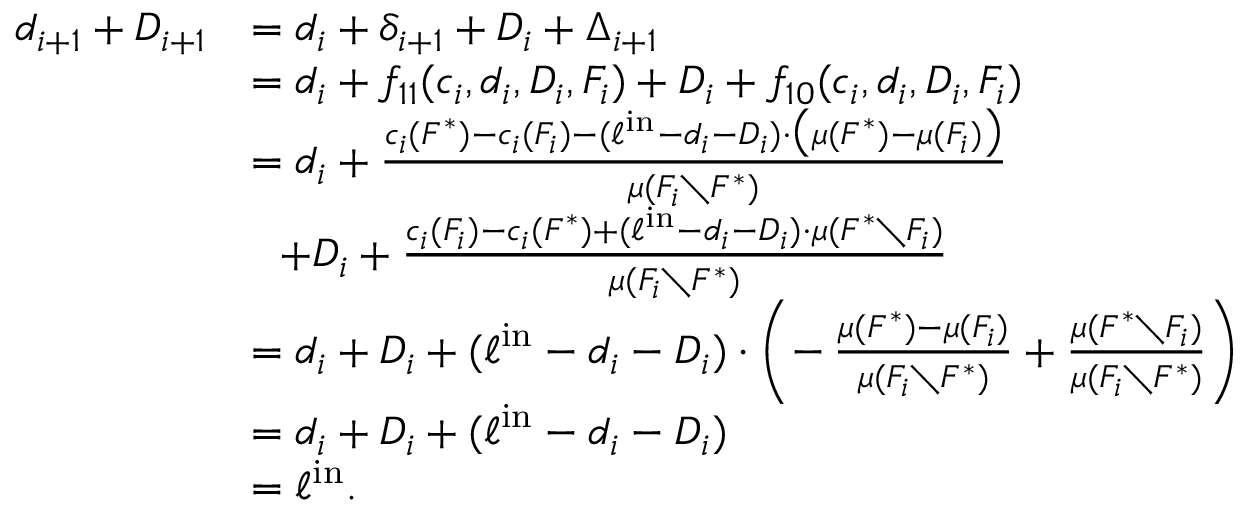
\begin{array} { r l } { d _ { i + 1 } + D _ { i + 1 } } & { = d _ { i } + \delta _ { i + 1 } + D _ { i } + \Delta _ { i + 1 } } \\ { } & { = d _ { i } + f _ { 1 1 } ( c _ { i } , d _ { i } , D _ { i } , F _ { i } ) + D _ { i } + f _ { 1 0 } ( c _ { i } , d _ { i } , D _ { i } , F _ { i } ) } \\ { } & { = d _ { i } + \frac { c _ { i } ( F ^ { * } ) - c _ { i } ( F _ { i } ) - ( \ell ^ { \mathrm { i n } } - d _ { i } - D _ { i } ) \cdot \big ( \mu ( F ^ { * } ) - \mu ( F _ { i } ) \big ) } { \mu ( F _ { i } \setminus F ^ { * } ) } } \\ { } & { ~ ~ + D _ { i } + \frac { c _ { i } ( F _ { i } ) - c _ { i } ( F ^ { * } ) + ( \ell ^ { \mathrm { i n } } - d _ { i } - D _ { i } ) \cdot \mu ( F ^ { * } \setminus F _ { i } ) } { \mu ( F _ { i } \setminus F ^ { * } ) } } \\ { } & { = d _ { i } + D _ { i } + ( \ell ^ { \mathrm { i n } } - d _ { i } - D _ { i } ) \cdot \left( - \, \frac { \mu ( F ^ { * } ) - \mu ( F _ { i } ) } { \mu ( F _ { i } \setminus F ^ { * } ) } + \frac { \mu ( F ^ { * } \setminus F _ { i } ) } { \mu ( F _ { i } \setminus F ^ { * } ) } \right) } \\ { } & { = d _ { i } + D _ { i } + ( \ell ^ { \mathrm { i n } } - d _ { i } - D _ { i } ) } \\ { } & { = \ell ^ { \mathrm { i n } } . } \end{array}